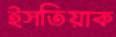
ইসতিয়াক